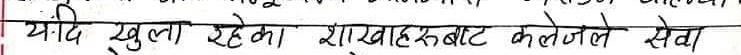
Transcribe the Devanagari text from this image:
यदि खुला रहेका शाखाहरुवाट कलेजले सेवा